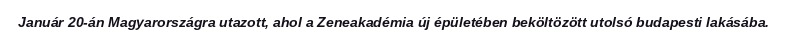
Január 20-án Magyarországra utazott, ahol a Zeneakadémia új épületében beköltözött utolsó budapesti lakásába.